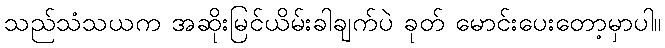
သည်သံသယက အဆိုးမြင်ယိမ်းခါချက်ပဲ ခုတ် မောင်းပေးတော့မှာပါ။